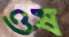
ওষ